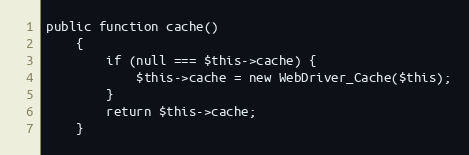
Language: PHP
public function cache()
    {
        if (null === $this->cache) {
            $this->cache = new WebDriver_Cache($this);
        }
        return $this->cache;
    }